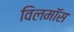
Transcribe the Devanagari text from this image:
विलमॉस